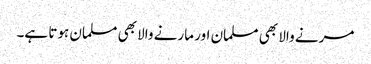
مرنے والا بھی مسلمان اور مارنے والا بھی مسلمان ہوتا ہے۔